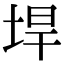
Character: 垾